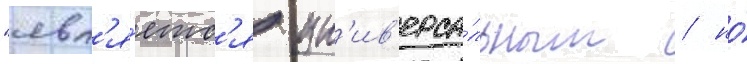
"явл'я́етс'я ун'ив'ерса́льным / но́